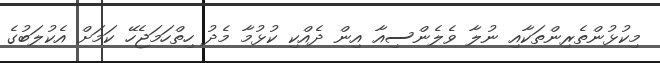
މިކުޅުންތެރިންތަކާއި ނުލާ ވެލެންސިއާ އިން ދެއްކި ކުޅުމާ މެދު ހިތްހަމަޖެހޭ ކަމަށް އެކުލަބުގެ